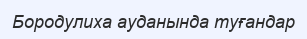
Бородулиха ауданында туғандар